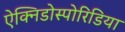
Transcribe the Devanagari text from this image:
ऐक्निडोस्पोरिडिया